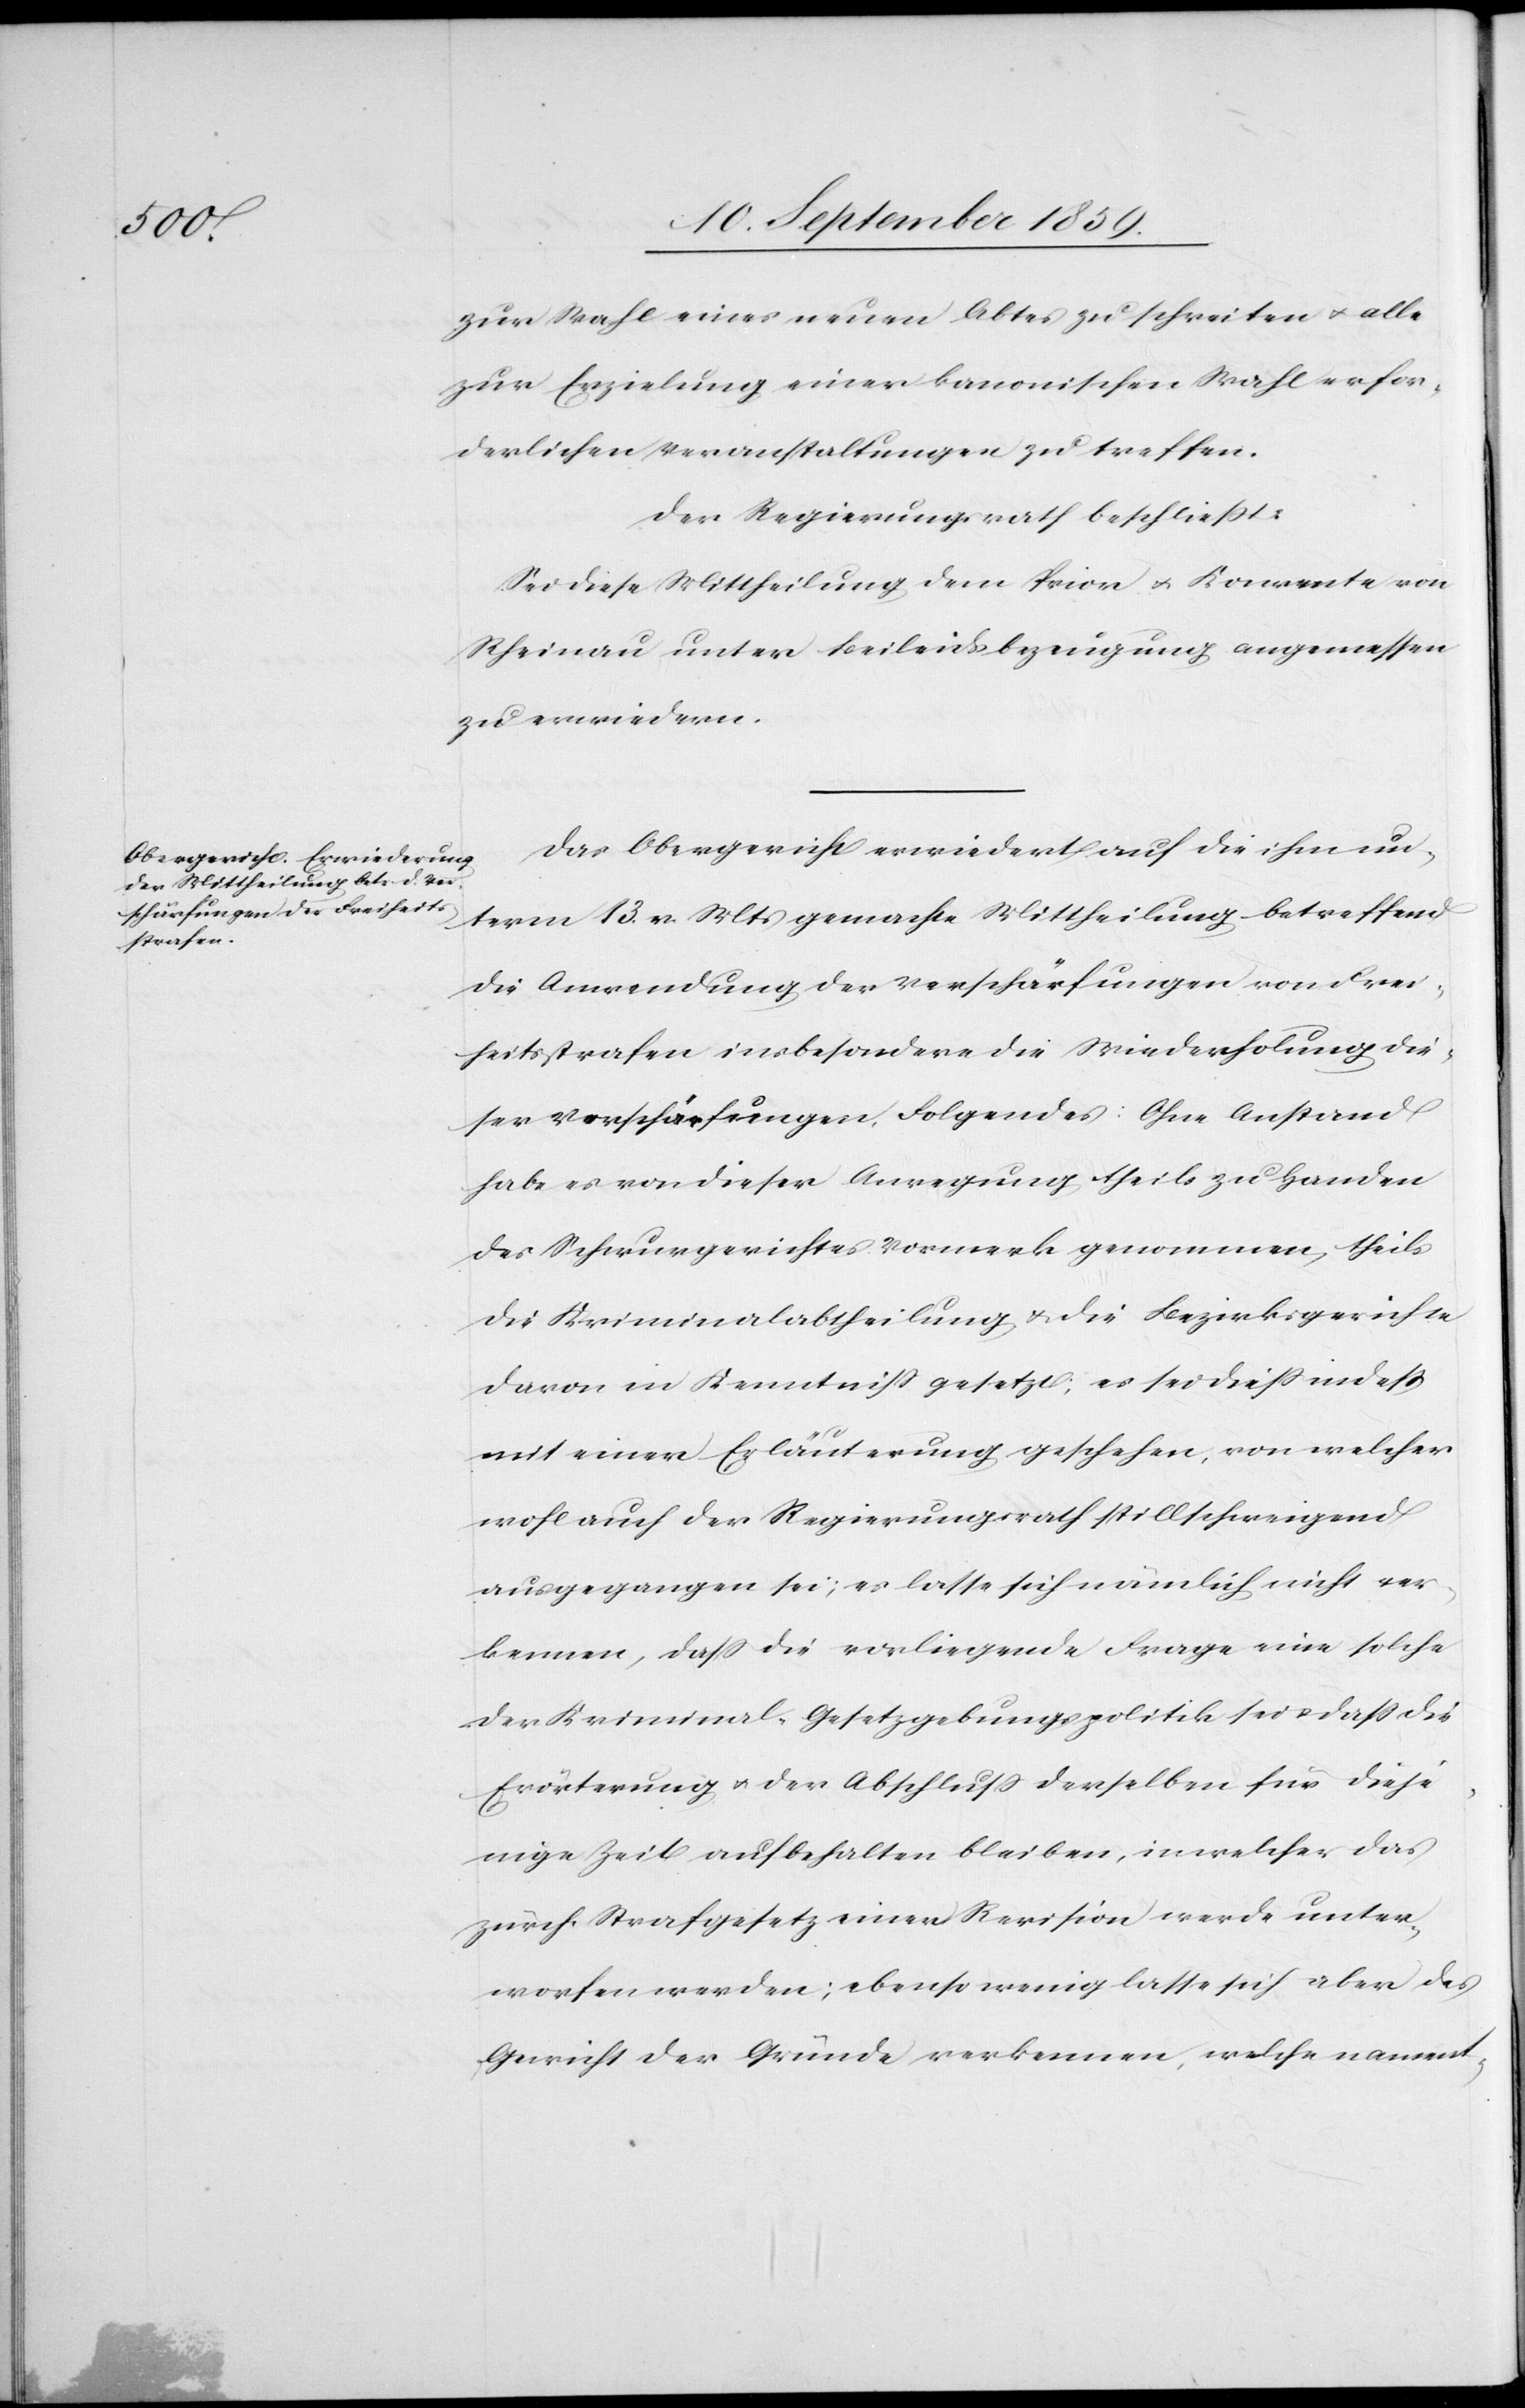
zur Wahl eines neuen Abtes zu schreiten & alle
zur Erzielung einer kanonischen Wahl erfor¬
derlichen Veranstaltungen zu treffen.
Der Regierungsrath beschließt:
Sei diese Mittheilung dem Prior & Konvente von
Rheinau unter Beileidsbezeugung angemessen
zu erwiedern.
Das Obergericht erwiedert auf die ihm un¬
term 13. v. Mts. gemachte Mittheilung betreffend
die Anwendung der Verschärfungen von Frei¬
heitsstrafen insbesondere die Wiederholung die¬
ser Verschärfungen Folgendes: Ohne Anstand
habe es von dieser Anregung theils zu Handen
des Schwurgerichtes Vormerk genommen, theils
die Kriminalabtheilung & die Bezirksgerichte
davon in Kenntniß gesetzt; es sei dieß indeß
mit einer Erläuterung geschehen, von welcher
wohl auch der Regierungsrath stillschweigend
ausgegangen sei; es lasse sich nämlich nicht ver¬
kennen, daß die vorliegende Frage eine solche
der Kriminal-Gesetzgebungspolitik sei & daß die
Erörterung & der Abschluß derselben für dieje¬
nige Zeit aufbehalten bleiben, in welcher das
zürch. Strafgesetz einer Revision werde unter¬
worfen werden; ebenso wenig lasse sich aber das
Gericht der Gründe verkennen, welche nament-